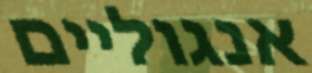
אנגוליים